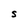
Character: S